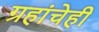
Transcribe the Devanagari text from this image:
ग्रहांचेही